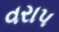
વરાપ